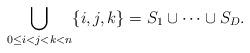
LaTeX: \begin{align*}\bigcup_{0\leq i<j<k<n}\{i,j,k \} = S_1 \cup \dots \cup S_D.\end{align*}